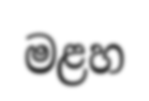
මළහ